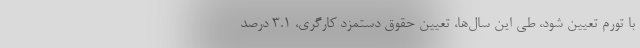
با تورم تعیین شود، طی این سال‌ها، تعیین حقوق دستمزد کارگری، ۳.۱ درصد